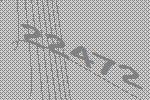
22472